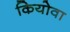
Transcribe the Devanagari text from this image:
कियोवा